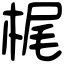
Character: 梶